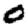
Digit: 0